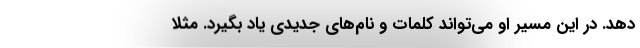
دهد. در این مسیر او می‌تواند کلمات و نام‌های جدیدی یاد بگیرد. مثلا